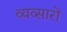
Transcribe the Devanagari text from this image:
व्यव्सारों